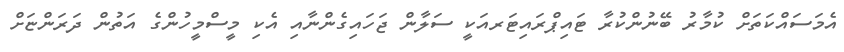
އެމަސައްކަތަށް ކުމާރު ބޭނުންކުރާ ޓައިޕްރައިޓަރއަކީ ސަލާން ޖަހައިގެންނާއި އެކި މީސްމީހުންގެ އަތުން ދަރަންޏަށް